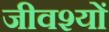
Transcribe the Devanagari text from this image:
जीवश्यों